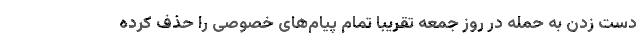
دست زدن به حمله در روز جمعه تقریبا تمام پیام‌های خصوصی را حذف کرده